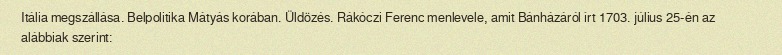
Itália megszállása. Belpolitika Mátyás korában. Üldözés. Rákóczi Ferenc menlevele, amit Bánházáról írt 1703. július 25-én az alábbiak szerint: